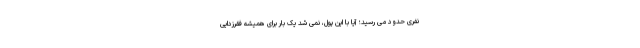
نفری حدود می رسید؛ آیا با این پول، نمی شد یک بار برای همیشه فقرزدایی